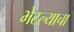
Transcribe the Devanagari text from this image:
भेटल्याचा